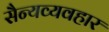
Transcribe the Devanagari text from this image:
सैन्यव्यवहार